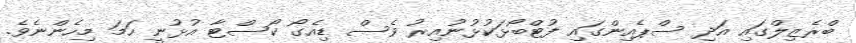
ބްރެޒިލްގައި އަދި ސްޕެއިންގައި ފުޓްބޯޅަކުޅުނުއިރު ވެސް ޑިއެގޯ ކޯސްޓާ އުޅުނީ ހަމަ މިހެންނެވެ.